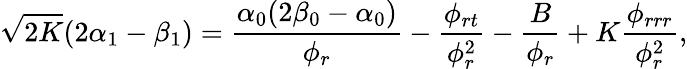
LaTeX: \sqrt{2K}(2\alpha_{1}-\beta_{1})=\frac{\alpha_{0}(2\beta_{0}-\alpha_{0})}{\phi_{r}}-\frac{\phi_{rt}}{\phi_{r}^{2}}-\frac{B}{\phi_{r}}+K\frac{\phi_{rrr}}{\phi_{r}^{2}},